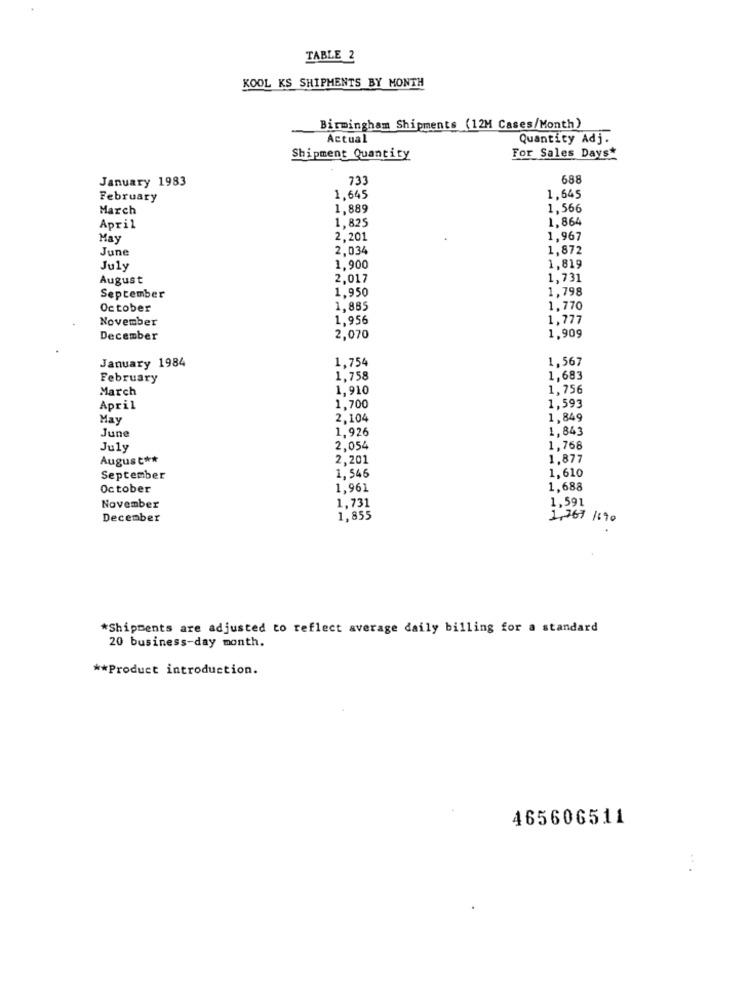
TABLE 2
KOOL KS SHIPMENTS BY MONTH
Birmingham Shipments (12H Cases/Month)
Actual
Quantity Adj.
Shipment Quantity
For Sales Days*
January 1983
733
688
February
1,645
1,645
March
1,889
1.566
1,825
1,864
April
May
2,201
1,967
June
2,034
1,872
July
1,900
1.819
August
2,017
1.731
1,950
1,798
September
October
1,885
1,770
November
1.956
1,777
December
2,070
1,909
January 1984
1.754
1,567
February
1,758
1,683
March
1,910
1,756
1,593
April
1,700
May
2,104
1,849
June
1,926
1,843
July
2,054
1,768
August **
2,201
1.877
1,546
September
1,610
October
1.961
1.688
1,591
November
1,731
December
1,855
1,767 1690
*Shipments are adjusted to reflect average daily billing for a standard
20 business-day month.
** Product introduction.
465606511
...